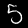
Label: 5